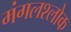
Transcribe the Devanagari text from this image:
मंगलश्लोक